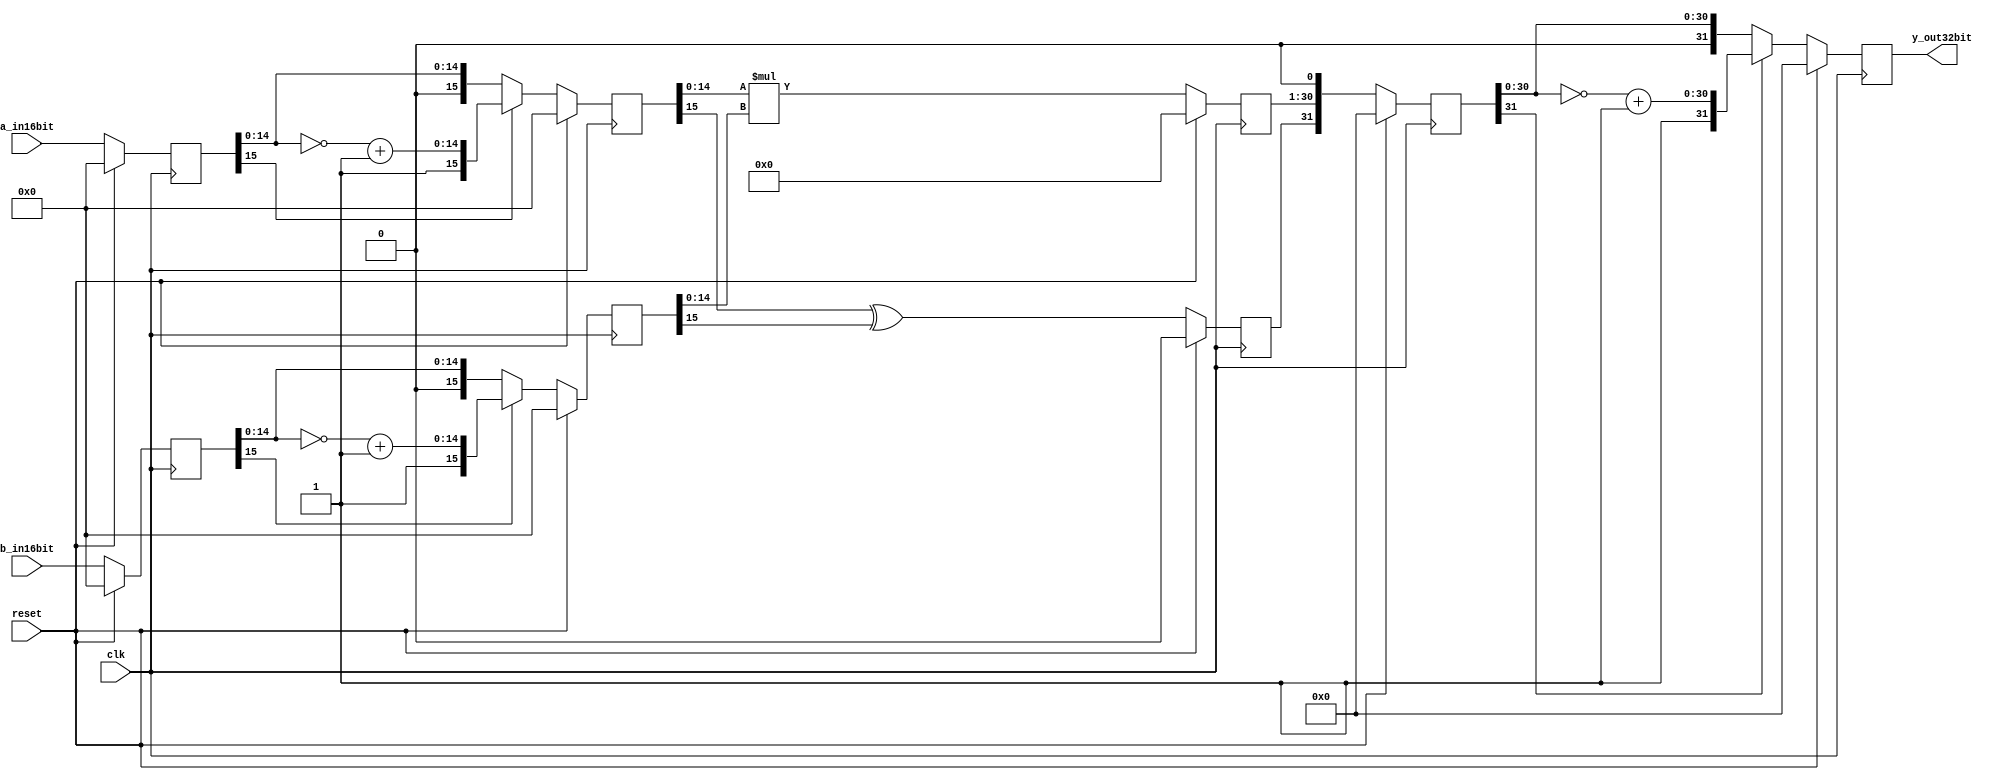
module multiplier16buts ( 
					input				clk,
					input				reset,
					input	[15:0]	a_in16bit,	//16
					input	[15:0]	b_in16bit,	
					output [31:0]	y_out32bit	//32
								);           		//1632


	
  reg	[31:0]	y_out32bit_reg;         		//
  reg	[15:0]   x1,x2,x3,x4;   			//x1,x2;x3,x4
  reg         	x5;            			//
  reg	[29:0]   x6;            			//3015
  reg	[31:0]   x7;            			//
 
 always@ (posedge clk )
	 begin
		if( reset )              //
			begin
			x1<=16'b0;
			x2<=16'b0;
			x3<=16'b0;
			x4<=16'b0;
			x5<=1'b0;
			x6<=30'b0;
			x7<=32'b0;
			y_out32bit_reg<=32'b0;
			end
		else
			 begin
			 x1<=a_in16bit;             //
			 x2<=b_in16bit;
			 x3<=(x1[15]==0)?x1:{x1[15],~x1[14:0]+1'b1};     //11
			 x4<=(x2[15]==0)?x2:{x2[15],~x2[14:0]+1'b1};     //
			 x5<=x3[15]^x4[15];                              //
			 x6<=x3[14:0]*x4[14:0];                          //15
			 x7<={x5,x6,1'b0};                               //1301032
			 y_out32bit_reg<=(x7[31]==0)?x7:{x7[31],~x7[30:0]+1'b1};  //
			 end
	 end
	 assign y_out32bit=y_out32bit_reg;
endmodule